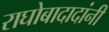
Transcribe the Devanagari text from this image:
राघोबादादांनी